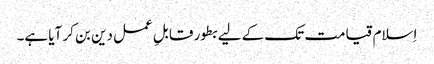
اِسلام قیامت تک کے لیے بطور قابلِ عمل دین بن کر آیا ہے۔